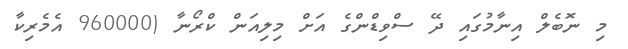
މި ނޮބެލް އިނާމުގައި ދޭ ސްވިޑްންގެ އަށް މިލިއަން ކްރޯނާ (960000 އެމެރިކާ